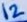
Text: 12